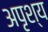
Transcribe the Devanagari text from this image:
अपृश्‍य